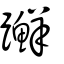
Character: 𨇤